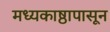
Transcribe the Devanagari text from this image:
मध्यकाष्ठापासून